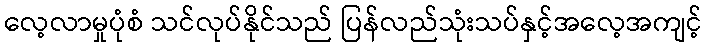
လေ့လာမှုပုံစံ သင်လုပ်နိုင်သည် ပြန်လည်သုံးသပ်နှင့်အလေ့အကျင့်